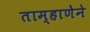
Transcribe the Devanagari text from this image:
ताम्हाणेने